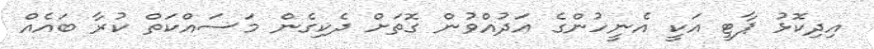
އިދިކޮޅު ޕާޓީ އަކީ އެނީހުންގެ އަދުއްވުން ގޮތަށް ދެކިގެން މަސައްކަތް ކުރާ ބައެއް